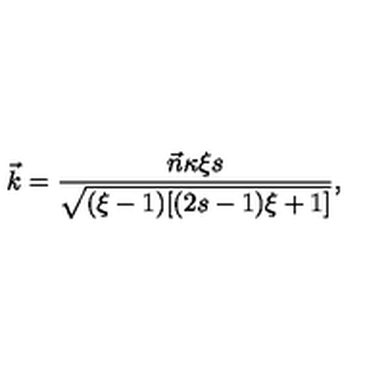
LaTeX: \vec { k } = \frac { \vec { n } \kappa \xi s } { \sqrt { ( \xi - 1 ) [ ( 2 s - 1 ) \xi + 1 ] } } ,